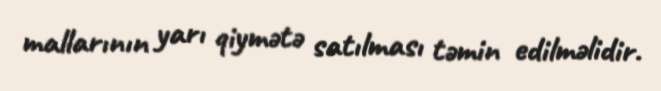
mallarının yarı qiymətə satılması təmin edilməlidir.